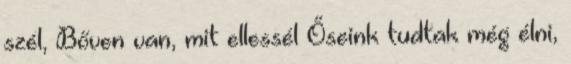
szél, Bőven van, mit ellessél Őseink tudtak még élni,